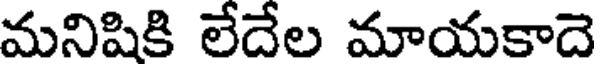
మనిషికి లేదేల మాయకాదె